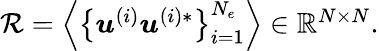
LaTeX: \begin{array}{r}{\mathcal{R}=\left\langle\left\{ \boldsymbol{u}^{(i)}\boldsymbol{u}^{(i)*}\right\} _{i=1}^{N_{e}}\right\rangle\in\mathbb{R}^{N\times N}.}\end{array}